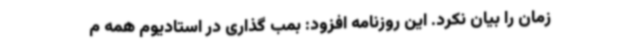
زمان را بیان نکرد. این روزنامه افزود: بمب گذاری در استادیوم همه م